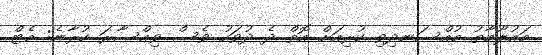
މައުލޫމާތު މުއްސަނދިވި ކުރިއަށް އޮތް ދެ ދުވަހު ވެސް ވިއްސާރަ ކުރާނެ: މެޓް